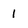
Character: 1